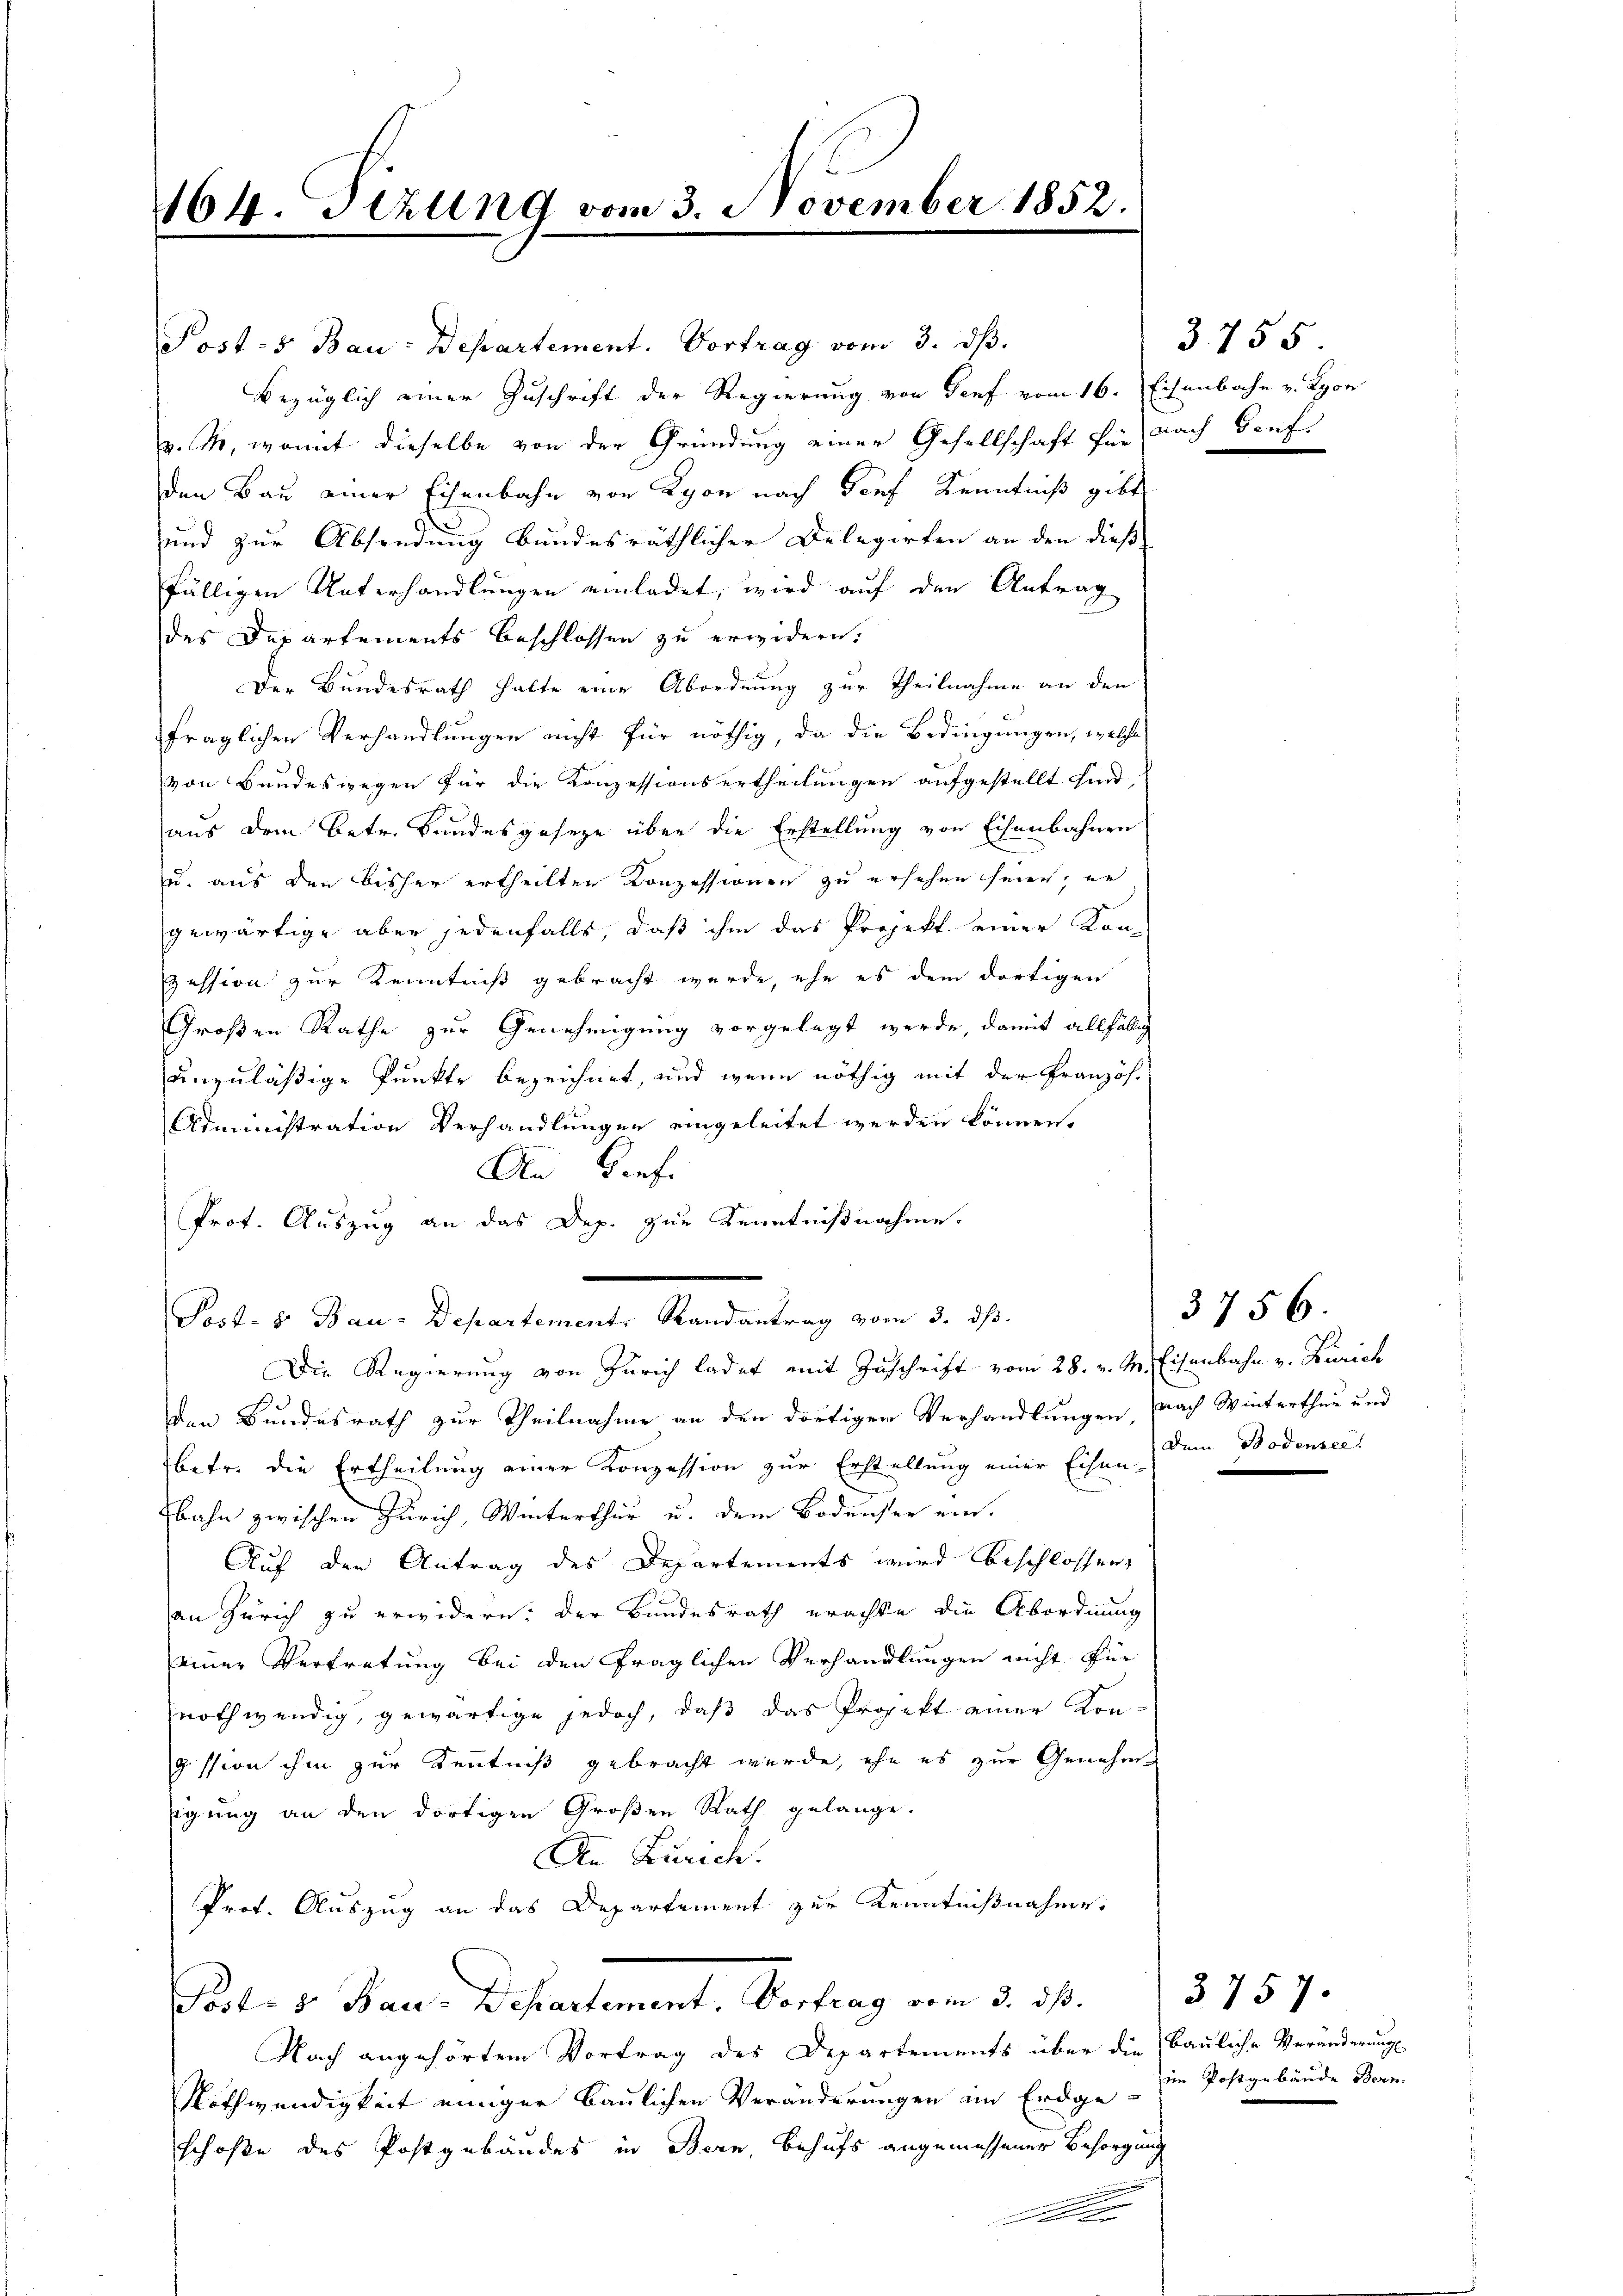
164. Setzung vom 3. November 1852.

Posts Bau-Departement. Vortrag vom 3. dβ.
Bezüglich einer Zuschrift der Regierung von Genf vom 16. Eisenbahn v. Lyon
v. M., womit dieselbe von der Gründung einer Gesellschaft für nach Genf
den Bau einer Eisenbahn von Lyon nach Genf Kenntniß gibt
und zur Absendung bundesräthlicher Delegirten an den dieß
fälligen Unterhandlungen einladet, wird auf den Antrag
des Departements beschlossen zu erwidern.
Der Bundesrath halte eine Abordnung zur Theilnahme an den
fraglichen Verhandlungen nicht für nöthig, da die Bedingungen, welche
von Bundeswegen für die Konzessionsertheilungen aufgestellt sind,
aus dem Betr. Bundesgeseze über die Erstellung von Eisenbahnen
u. aus den bisher ertheilten Konzessionen zu ersehen seien, er
gewärtige aber jedenfalls, daß ihm das Projekt einer Kon-
Zession zur Kenntniß gebracht wurde, ehe es dem dortigen
Großen Rathe zur Genehmigung vorgelegt werde, damit allfällig
unzuläßige Punkte bezeichnet, und wenn nöthig mit der Französ.
Administration Verhandlungen eingeleitet werden können.
An Genf.
Prot. Auszug an das Dep. zur Kenntnißnahme.
Pad. 5. Jan. Departemente Standentrag vom 2. 3.
Die Regierung von Zürich ladet mit Zuschrift vom 28. v. M. Eisenbahn v. Zürich
den Bundesrath zur Theilnahme an den dortigen Verhandlungen nach Winterthur und
betr. die Ertheilung einer Konzession zur Erstellung einer Eisen-
bahn zwischen Zürich, Winterthur u. dem Bodensee ein.
Auf den Antrag des Departements wird beschlossen,
an Zürich zu erwidern: der Bundesrath erachte die Abordnung
einer Vertretung bei den fraglichen Verhandlungen nicht für
nothwendig, gewärtige jedoch, daß das Projekt einer Kongission ihm zur Kenntniß gebracht wurde, ehe es zur Genehmigung an den dortigen Großen Rath gelange.
An Zürich.
Prot. Auszug an das Departement zur Kenntnißnahme.
Post: 5. Bau-Departement, Vortrag vom 3. dß.
Nach angehörtem Vortrag des Departements über die Bauliche Veränderungs
Nothwendigkeit einiger Baulichen Veränderungen im Erdge-
schöße des Postgebäudes in Bern, Behufs angemessener Besorgung
.

3755

3756.
Dem Bodensee.

3757.
im Postgebäude Bern.